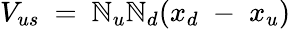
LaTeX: V_{us}~=~\mathbb{N}_{u}\mathbb{N}_{d}(x_{d}\; -\; x_{u})